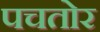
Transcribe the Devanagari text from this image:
पचतोर